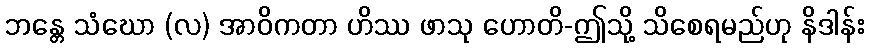
ဘန္တေ သံဃော (လ) အာဝိကတာ ဟိဿ ဖာသု ဟောတိ-ဤသို့ သိစေရမည်ဟု နိဒါန်း